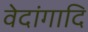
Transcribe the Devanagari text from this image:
वेदांगादि